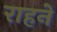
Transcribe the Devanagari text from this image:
राहने